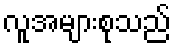
လူအများစုသည်